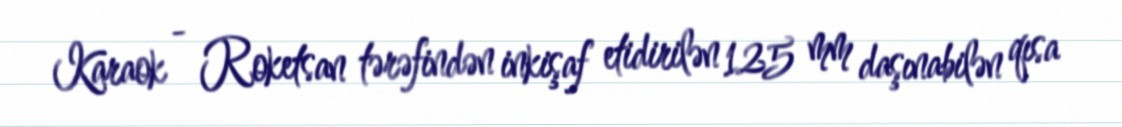
Karaok - Roketsan tərəfindən inkişaf etidirilən 125 mm daşınabilən qısa